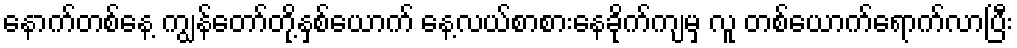
နောက်တစ်နေ့ ကျွန်တော်တို့နှစ်ယောက် နေ့လယ်စာစားနေခိုက်ကျမှ လူ တစ်ယောက်ရောက်လာပြီး